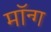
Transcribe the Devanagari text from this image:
मॉन्ग